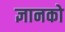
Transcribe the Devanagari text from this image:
ज्ञानको